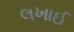
લખાઈ